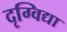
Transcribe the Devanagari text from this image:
दृग्विद्या